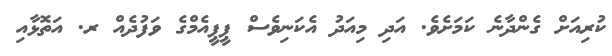
ކުރިއަށް ގެންދާނެ ކަމަށެވެ. އަދި މިއަދު އެކަނިވެސް ޕީޕީއެމްގެ ވަފުދެއް ރ. އަތޮޅާއި